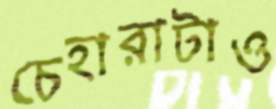
চেহারাটাও